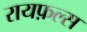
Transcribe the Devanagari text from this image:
रायफ़ल्स